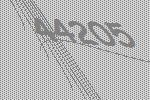
44205